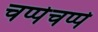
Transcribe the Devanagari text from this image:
चप्पेचप्पे